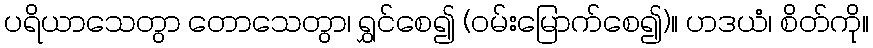
ပရိယာသေတွာ တောသေတွာ၊ ရွှင်စေ၍ (ဝမ်းမြောက်စေ၍)။ ဟဒယံ၊ စိတ်ကို။